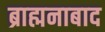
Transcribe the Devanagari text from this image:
ब्राह्मनाबाद